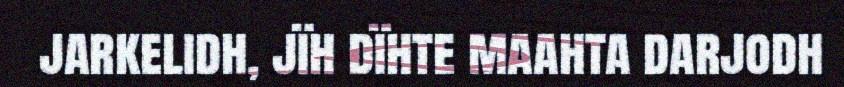
jarkelidh, jïh dïhte maahta darjodh